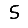
Digit: 5